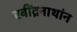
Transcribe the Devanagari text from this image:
रवींद्रनाथांन